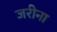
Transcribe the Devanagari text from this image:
जरीना